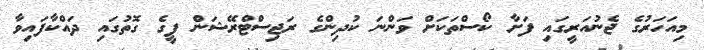
މިއަހަރުގެ ޖެނުއަރީގައި ފަށާ ކޯސްތަކަށް ވަންނަ ކުދިންގެ ރަޖިސްޓްރޭޝަން ފީގެ ގޮތުގައި ދައްކާފައިވާ